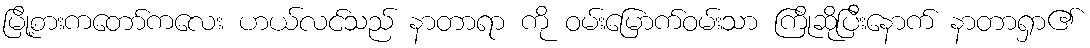
မြို့စားကတော်ကလေး ဟယ်လင်သည် နာတာရာ ကို ဝမ်းမြောက်ဝမ်းသာ ကြိုဆိုပြီးနောက် နာတာရှာ၏